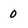
Character: 0